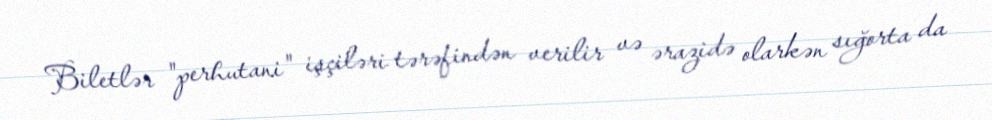
Biletlər "perhutani" işçiləri tərəfindən verilir və ərazidə olarkən sığorta da